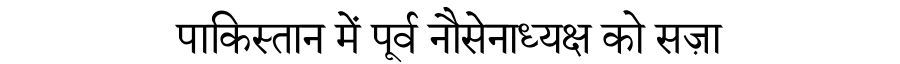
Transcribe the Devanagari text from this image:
पाकिस्तान में पूर्व नौसेनाध्यक्ष को सज़ा